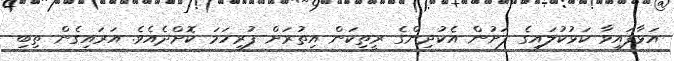
އަޅާފައިވާ ކަޅުކުލައިގެ ފަށުން އެކުދިންގެ ރީތިކަން އިތުރަށް ފުރިހަމަ ކޮށްދެއެވެ. އަރައިގެން ތިބި